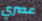
عصري